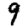
Digit: 9